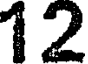
12